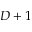
D + 1